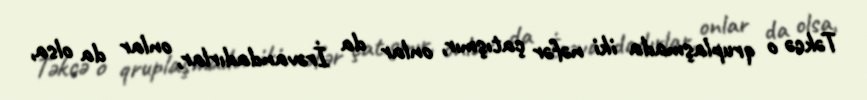
Təkcə o qruplaşmada iki nəfər çatışmır, onlar da İrəvandadırlar, onlar da olsa,